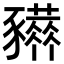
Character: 𧲒